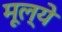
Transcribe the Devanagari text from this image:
मूल्‍ये